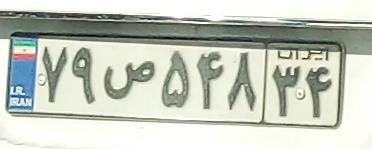
۷۹ص۵۴۸۳۴